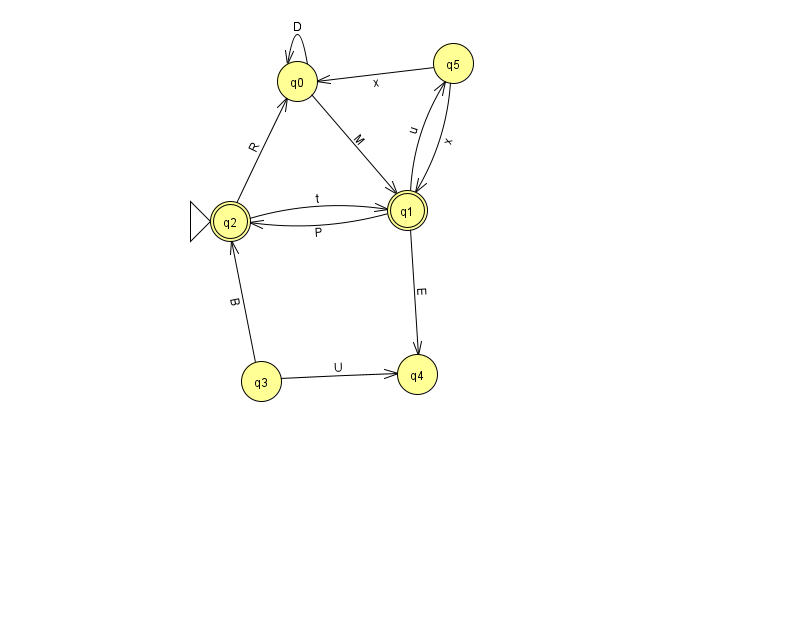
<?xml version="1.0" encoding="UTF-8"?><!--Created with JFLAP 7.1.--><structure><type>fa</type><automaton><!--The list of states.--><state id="0" name="q0"><x>297.0</x><y>68.0</y></state><state id="1" name="q1"><x>407.0</x><y>197.0</y><final/></state><state id="2" name="q2"><x>230.0</x><y>208.0</y><initial/><final/></state><state id="3" name="q3"><x>261.0</x><y>368.0</y></state><state id="4" name="q4"><x>417.0</x><y>361.0</y></state><state id="5" name="q5"><x>453.0</x><y>50.0</y></state><!--The list of transitions.--><transition><from>2</from><to>1</to><read>t</read></transition><transition><from>5</from><to>1</to><read>x</read></transition><transition><from>3</from><to>2</to><read>B</read></transition><transition><from>5</from><to>0</to><read>x</read></transition><transition><from>0</from><to>0</to><read>D</read></transition><transition><from>1</from><to>2</to><read>P</read></transition><transition><from>2</from><to>0</to><read>R</read></transition><transition><from>3</from><to>4</to><read>U</read></transition><transition><from>1</from><to>5</to><read>u</read></transition><transition><from>0</from><to>1</to><read>M</read></transition><transition><from>1</from><to>4</to><read>E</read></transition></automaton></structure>